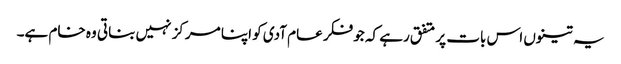
یہ تینوں اس بات پر متفق رہے کہ جو فکر عام آدی کو اپنا مرکز نہیں بناتی وہ خام ہے۔